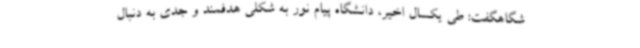
شگاهگفت: طی یکسال اخیر، دانشگاه پیام نور به شکلی هدفمند و جدی به دنبال